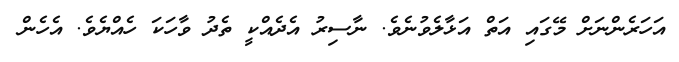
އަހަރެންނަށް މޭގައި އަތް އަޅާލެވުނެވެ. ނާސިރު އެދެއްކީ ތެދު ވާހަކަ ހެއްޔެވެ. އެހެން